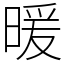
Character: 暖